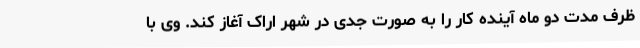
ظرف مدت دو ماه آینده کار را به صورت جدی در شهر اراک آغاز کند. وی با